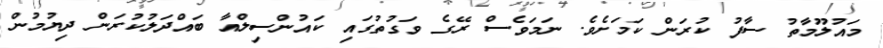
މައުލޫމާތު ސާފު ކުރަން ކަމަށެވެ. ނަމަވެސް ރޭގެ ވަގުތުގައި ކައުންސިލްއާ ބައްދަލުކުރަން ދިޔުމުން